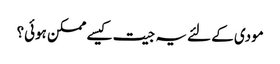
مودی کے لئے یہ جیت کیسے ممکن ہوئی؟